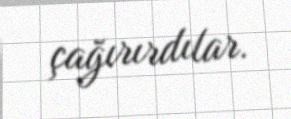
çağırırdılar.